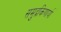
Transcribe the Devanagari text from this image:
समुद्रकिणार्या